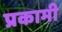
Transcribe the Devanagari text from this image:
प्रकामी